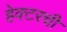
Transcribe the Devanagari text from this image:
हेक्टरची